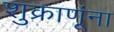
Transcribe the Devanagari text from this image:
शुक्राणूंना